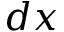
d x